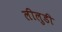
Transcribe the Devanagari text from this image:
लीलुडी